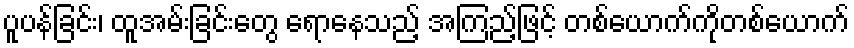
ပူပန်ခြင်း၊ ထူအမ်းခြင်းတွေ ရောနေသည့် အကြည့်ဖြင့် တစ်ယောက်ကိုတစ်ယောက်